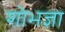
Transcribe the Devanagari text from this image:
शोभज्ञा